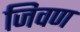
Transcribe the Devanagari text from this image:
जिवण